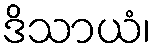
ဒိသာယံ၊